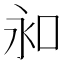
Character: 𠰦